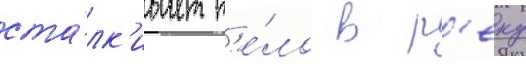
ста́лк'ивает т'е́ло в р'еку